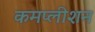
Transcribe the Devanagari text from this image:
कमप्लीशन